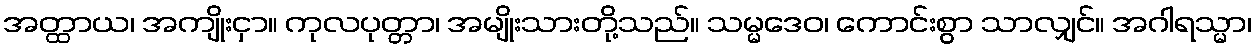
အတ္ထာယ၊ အကျိုးငှာ။ ကုလပုတ္တာ၊ အမျိုးသားတို့သည်။ သမ္မဒေဝ၊ ကောင်းစွာ သာလျှင်။ အဂါရသ္မာ၊